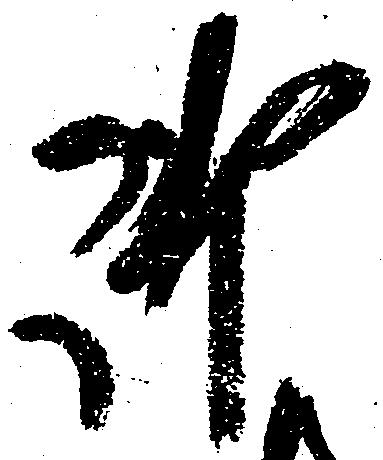
御